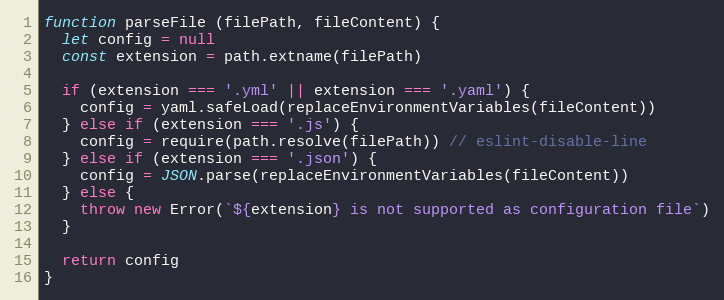
Language: JavaScript
function parseFile (filePath, fileContent) {
  let config = null
  const extension = path.extname(filePath)

  if (extension === '.yml' || extension === '.yaml') {
    config = yaml.safeLoad(replaceEnvironmentVariables(fileContent))
  } else if (extension === '.js') {
    config = require(path.resolve(filePath)) // eslint-disable-line
  } else if (extension === '.json') {
    config = JSON.parse(replaceEnvironmentVariables(fileContent))
  } else {
    throw new Error(`${extension} is not supported as configuration file`)
  }

  return config
}